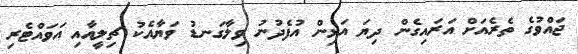
ޖައްވުގެ ތެރެއަށް އަރައިގެން ދިޔަ އަޅިން އުފެދުނު ވިލާގަނޑު ވަޔާއެކު ޗިލީއާއި އަވައްޓެރި